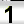
Digit: 1